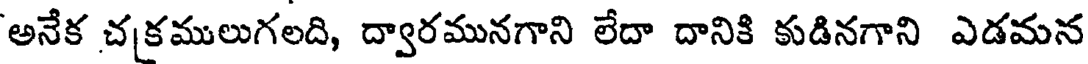
'అనేక చకములుగలది, ద్వారమునగాని లేదా దానికి కుడినగాని ఎడమన